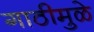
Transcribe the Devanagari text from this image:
गाठीमुळे